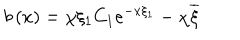
LaTeX: b \left( x \right) = \chi \xi _ { 1 } C _ { 1 } e ^ { - x \xi _ { 1 } } - \chi \overline { { { \xi } } }